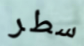
سطر